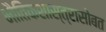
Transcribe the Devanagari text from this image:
भौतिकशास्त्रासोबत